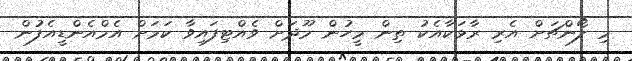
މި ލޯންޗަށް އެރި ރާޅަކާއެކު ތިން މީހުން މޫދަށް ވެއްޓިފައިވާ ކަމަށް އެމްއެންޑީއެފުން